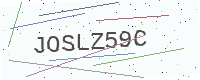
Text: JOSLZ59C